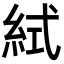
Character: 𥿮